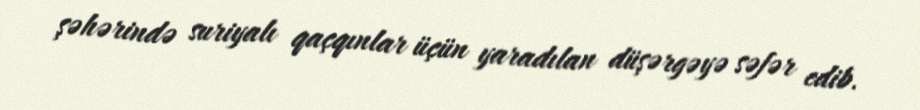
şəhərində suriyalı qaçqınlar üçün yaradılan düşərgəyə səfər edib.